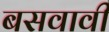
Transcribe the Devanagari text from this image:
बसवावी